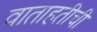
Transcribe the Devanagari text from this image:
वाताहतीची